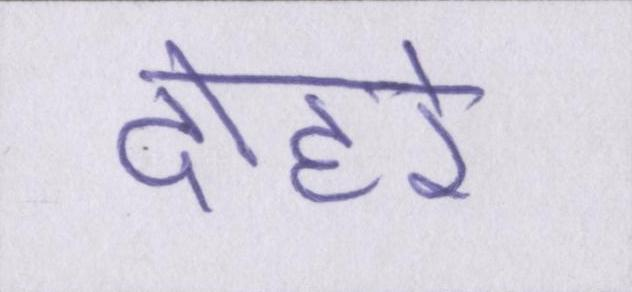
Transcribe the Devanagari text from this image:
दोहरे